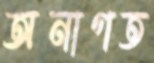
অনাগত